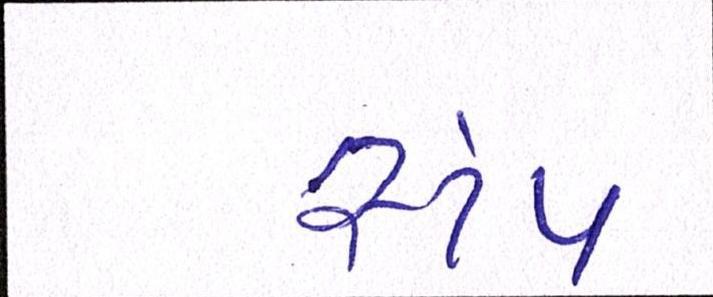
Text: સ્ટેપ